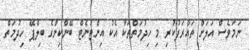
ނަމަވެސް އަލަށް ތައާރަފުކުރި މި ހިދުމަތްތަކާ އެކު އިންޓަނެޓް ބޭންކިންގެ ބިލްޕޭ ހިދުމަތް